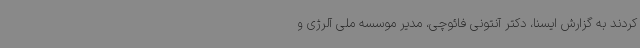
کردند به گزارش ایسنا، دکتر آنتونی فائوچی، مدیر موسسه ملی آلرژی و